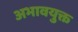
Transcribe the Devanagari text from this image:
अभावयुक्त